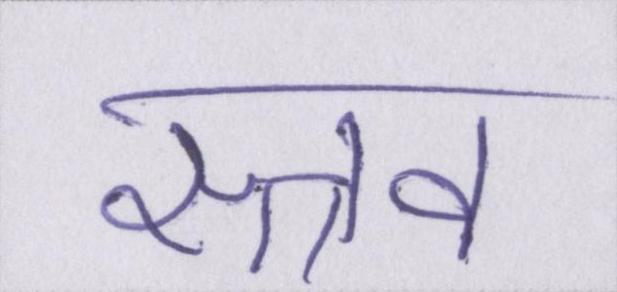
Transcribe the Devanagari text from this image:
स्त्राव